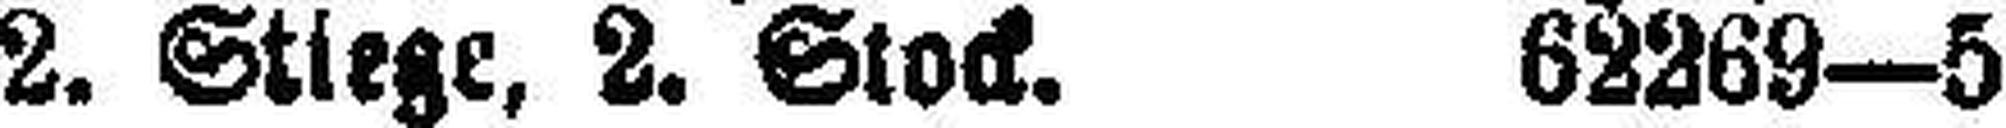
2. Stiege, 2. Stock. 62269—5